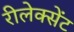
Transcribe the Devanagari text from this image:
रीलेक्सेंट